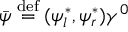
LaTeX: \bar { \psi } \stackrel { \mathrm { d e f } } { = } ( \psi _ { l } ^ { \ast } , \psi _ { r } ^ { \ast } ) \gamma ^ { 0 }